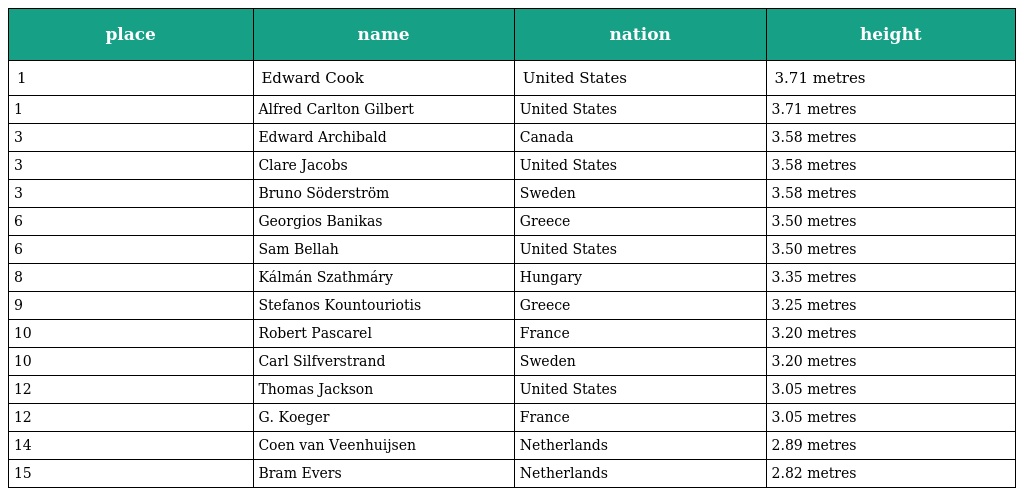
| place | name | nation | height |
 | --- | --- | --- | --- |
 | 1 | Edward Cook | United States | 3.71 metres |
 | 1 | Alfred Carlton Gilbert | United States | 3.71 metres |
 | 3 | Edward Archibald | Canada | 3.58 metres |
 | 3 | Clare Jacobs | United States | 3.58 metres |
 | 3 | Bruno Söderström | Sweden | 3.58 metres |
 | 6 | Georgios Banikas | Greece | 3.50 metres |
 | 6 | Sam Bellah | United States | 3.50 metres |
 | 8 | Kálmán Szathmáry | Hungary | 3.35 metres |
 | 9 | Stefanos Kountouriotis | Greece | 3.25 metres |
 | 10 | Robert Pascarel | France | 3.20 metres |
 | 10 | Carl Silfverstrand | Sweden | 3.20 metres |
 | 12 | Thomas Jackson | United States | 3.05 metres |
 | 12 | G. Koeger | France | 3.05 metres |
 | 14 | Coen van Veenhuijsen | Netherlands | 2.89 metres |
 | 15 | Bram Evers | Netherlands | 2.82 metres |